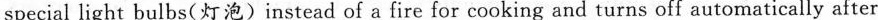
special light bulbs(灯泡)instead of a fire for cooking and turns off automatically after